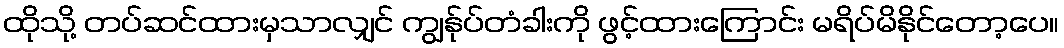
ထိုသို့ တပ်ဆင်ထားမှသာလျှင် ကျွန်ုပ်တံခါးကို ဖွင့်ထားကြောင်း မရိပ်မိနိုင်တော့ပေ။